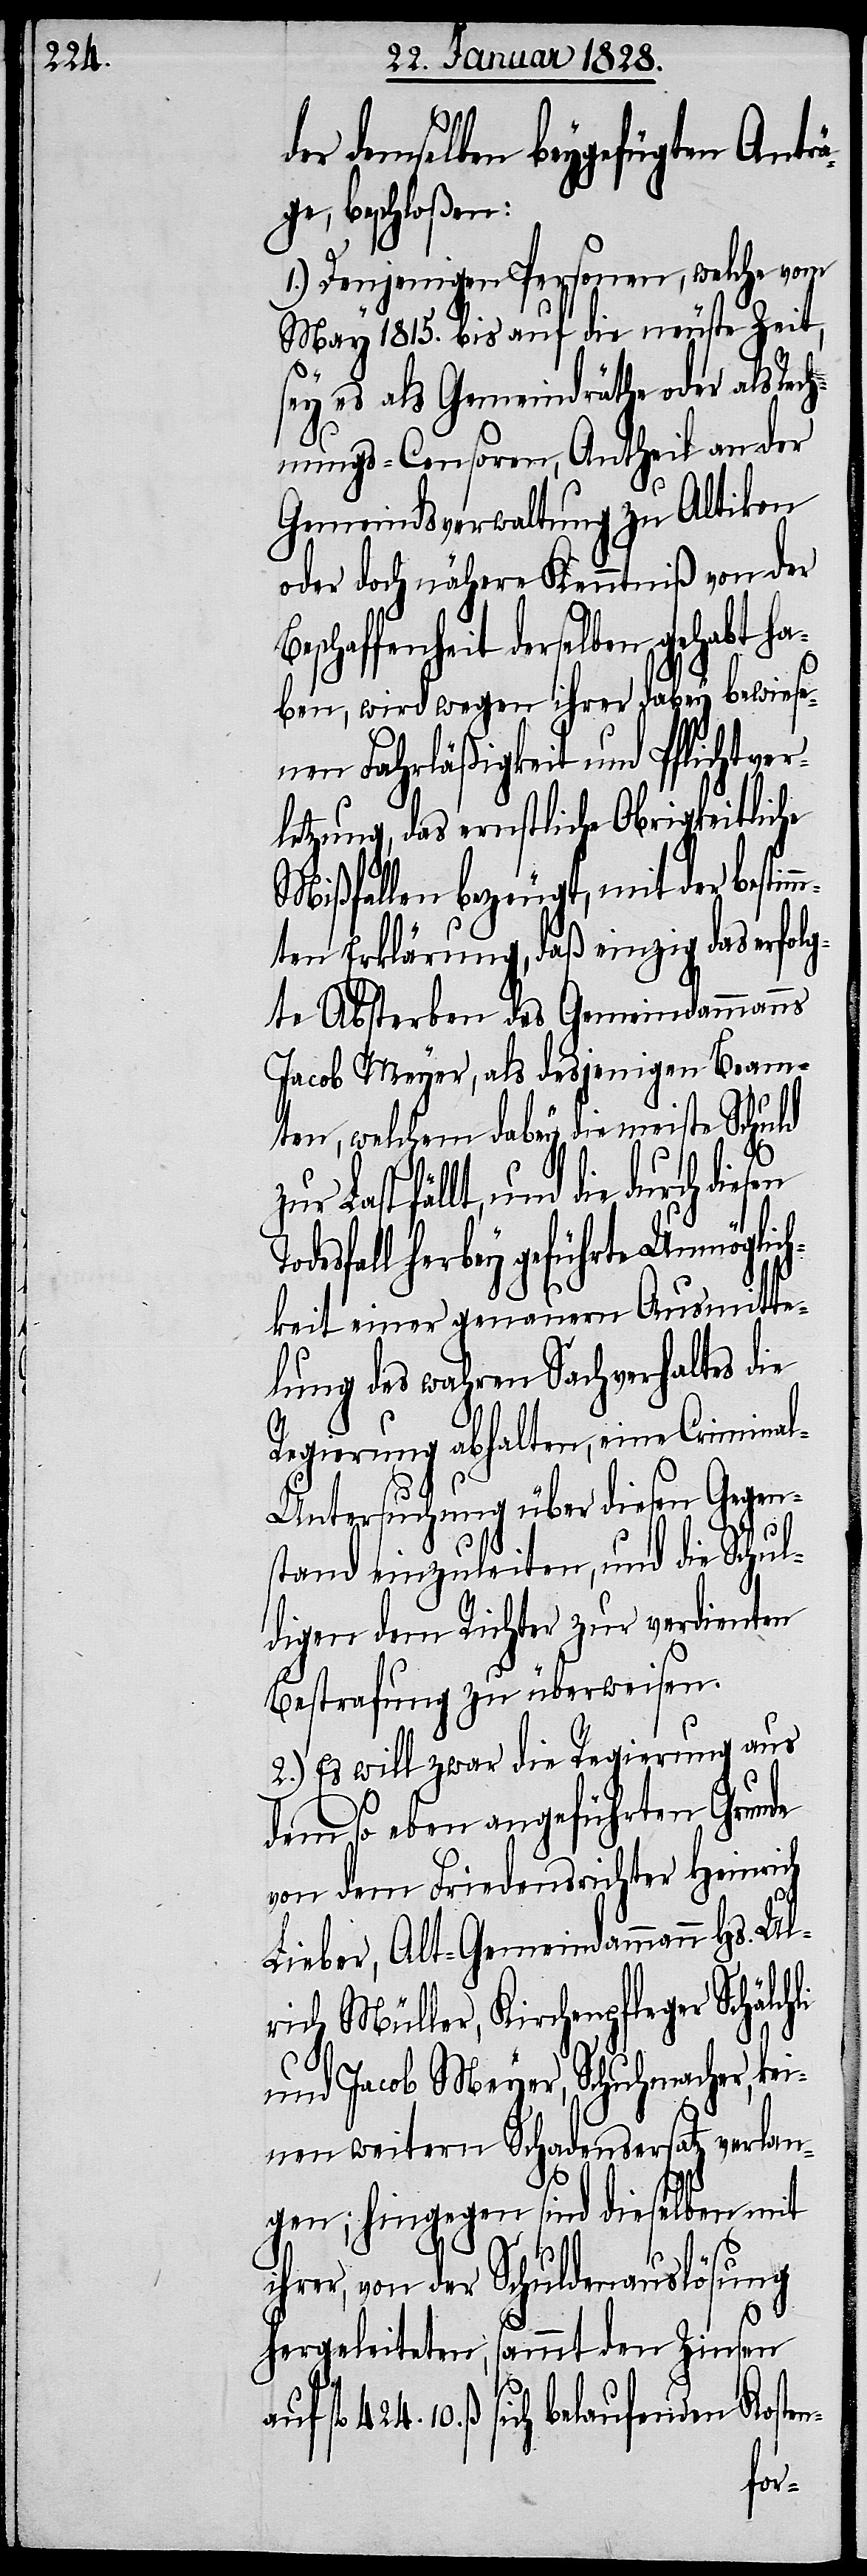
der demselben beygefügten Anträ¬
ge, beschloßen:
1.) Denjenigen Personen, welche vom
May 1815. bis auf die neuste Zeit,
sey es als Gemeindräthe oder als Rech¬
nungs-Censoren, Antheil an der
Gemeindsverwaltung zu Altikon
oder doch nähere Kenntniß von der
eschaffenheit derselben gehabt ha¬
ben, wird wegen ihrer dabey bewiese¬
nen Fahrläßigkeit und Pflichtver¬
letzung, das ernstliche Obrigkeitliche
Mißfallen bezeugt, mit der bestim¬
mten Erklärung, daß einzig das erfolg¬
te Absterben des Gemeindammanns
Jacob Meyer, als desjenigen Beam¬
ten, welchem dabey die meiste Schuld
Last fällt, und die durch die¬
desfall herbey geführte Unmöglic¬
hkeit einer genauern Ausmitte¬
lung des wahren Sachverhaltes die
Regierung abhalten, eine Crimina¬
n-
l-Untersuchung über diesen Gegen¬
stand einzuleiten, und die Schul¬
digen dem Richter zur verdienten
Bestrafung zu überweisen.
2.) Es will zwar die Regierung aus
dem so eben angeführten Grunde
von dem Friedensrichter Heinrich
Lieber, Alt-Gemeindammann Hs. Ul¬
rich Müller, Kirchenpfleger Schälch¬
und Jacob Meyer, Schuhmacher, ke¬
inen weitern Schadensersatz verlan¬
gen; hingegen sind dieselben mit
Schuldenauslösung
ihrer, von der
li
sammt den Zinsen
hergeleiteten,
fl 424. 10.ß. sich belaufenden Koste¬